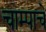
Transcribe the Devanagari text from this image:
चाम्पाचे